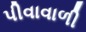
પીવાવાળી